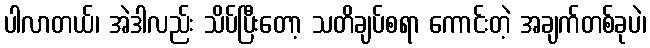
ပါလာတယ်၊ အဲဒါလည်း သိပ်ပြီးတော့ သတိချပ်စရာ ကောင်းတဲ့ အချက်တစ်ခုပဲ၊